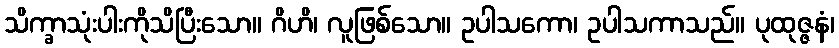
သိက္ခာသုံးပါးကိုသိပြီးသော။ ဂိဟိ၊ လူဖြစ်သော။ ဥပါသကော၊ ဥပါသကာသည်။ ပုထုဇ္ဇနံ၊